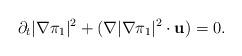
LaTeX: \begin{align*}\partial_t |\nabla \pi_1|^2 + (\nabla |\nabla \pi_1|^2 \cdot {\bf u})= 0.\end{align*}